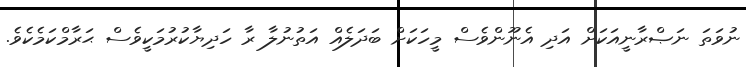
ނުވަތަ ނަޞްރާނީއަކަށް އަދި އެނޫންވެސް މީހަކަށް ބަދަލެއް އަތުނުލާ ރާ ހަދިޔާކުރުމަކީވެސް ޙަރާމްކަމެކެވެ.